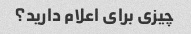
چیزی برای اعلام دارید؟